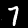
Digit: 7